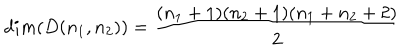
LaTeX: d i m ( D ( n _ { 1 } , n _ { 2 } ) ) = \frac { ( n _ { 1 } + 1 ) ( n _ { 2 } + 1 ) ( n _ { 1 } + n _ { 2 } + 2 ) } { 2 }